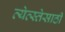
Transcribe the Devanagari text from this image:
व्येव्स्तेसाठी